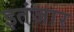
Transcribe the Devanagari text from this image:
इतंजार